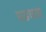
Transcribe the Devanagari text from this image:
घडवता